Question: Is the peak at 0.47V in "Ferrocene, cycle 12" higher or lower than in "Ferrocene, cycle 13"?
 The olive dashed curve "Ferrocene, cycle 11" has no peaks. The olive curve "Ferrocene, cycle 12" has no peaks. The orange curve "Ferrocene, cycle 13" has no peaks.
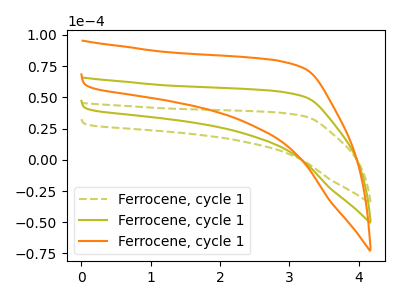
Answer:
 <answer>"Ferrocene, cycle 12" and "Ferrocene, cycle 13" dont share a peak at 0.47V.</answer>
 <eval>mismatch</eval>